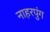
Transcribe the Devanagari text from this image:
नाहरपुंग